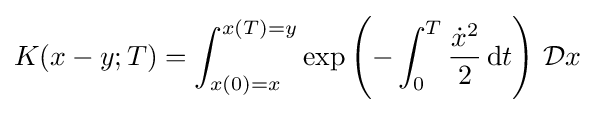
K(x-y;T)=\int _{x(0)=x}^{x(T)=y}\exp \left(-\int _{0}^{T}{\frac {{\dot {x}}^{2}}{2}}\,\mathrm {d} t\right)\,{\mathcal {D}}x